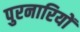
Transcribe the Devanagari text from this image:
पुरनारियों